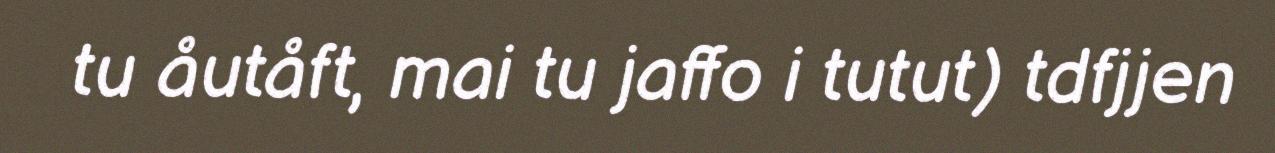
tu åutåft, mai tu jaffo i tutut) tdfjjen